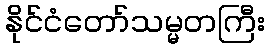
နိုင်ငံတော်သမ္မတကြီး